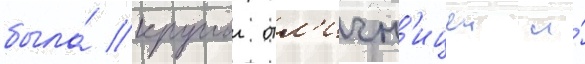
была́ круглои отл'ичн'ицеи и́